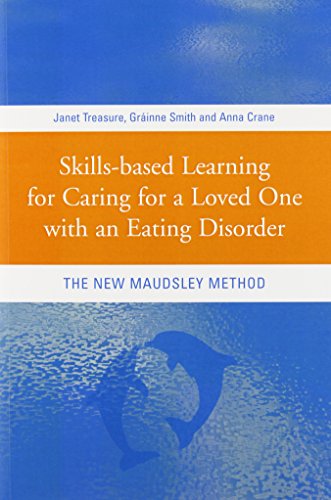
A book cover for Skills-based Learning for Caring for a Loved One with an Eating Disorder: The New Maudsley Method; Janet Treasure; Self-Help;